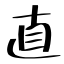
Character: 直